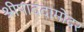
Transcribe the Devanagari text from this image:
श्रीपाददामोदर